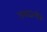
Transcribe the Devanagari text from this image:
उलाढालीत